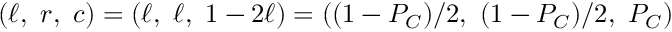
( \ell , ~ r , ~ c ) = ( \ell , ~ \ell , ~ 1 - 2 \ell ) = ( ( 1 - P _ { C } ) / 2 , ~ ( 1 - P _ { C } ) / 2 , ~ P _ { C } )